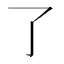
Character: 𠄏